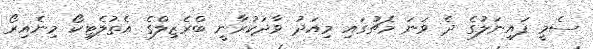
ސެމީ ފައިނަލުގެ ދެ ވަނަ މެޗުގައި މިއަދު ވާދަކުރާނީ ބްރެޒިލްގެ އެތުލެޓިކޯ މިނެއިރޯ